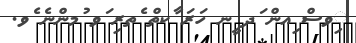
ިވސް ިއން ަދ ީނ ހަރަ ާކތް ެތރި ަވ ުމންނެ ެވ.